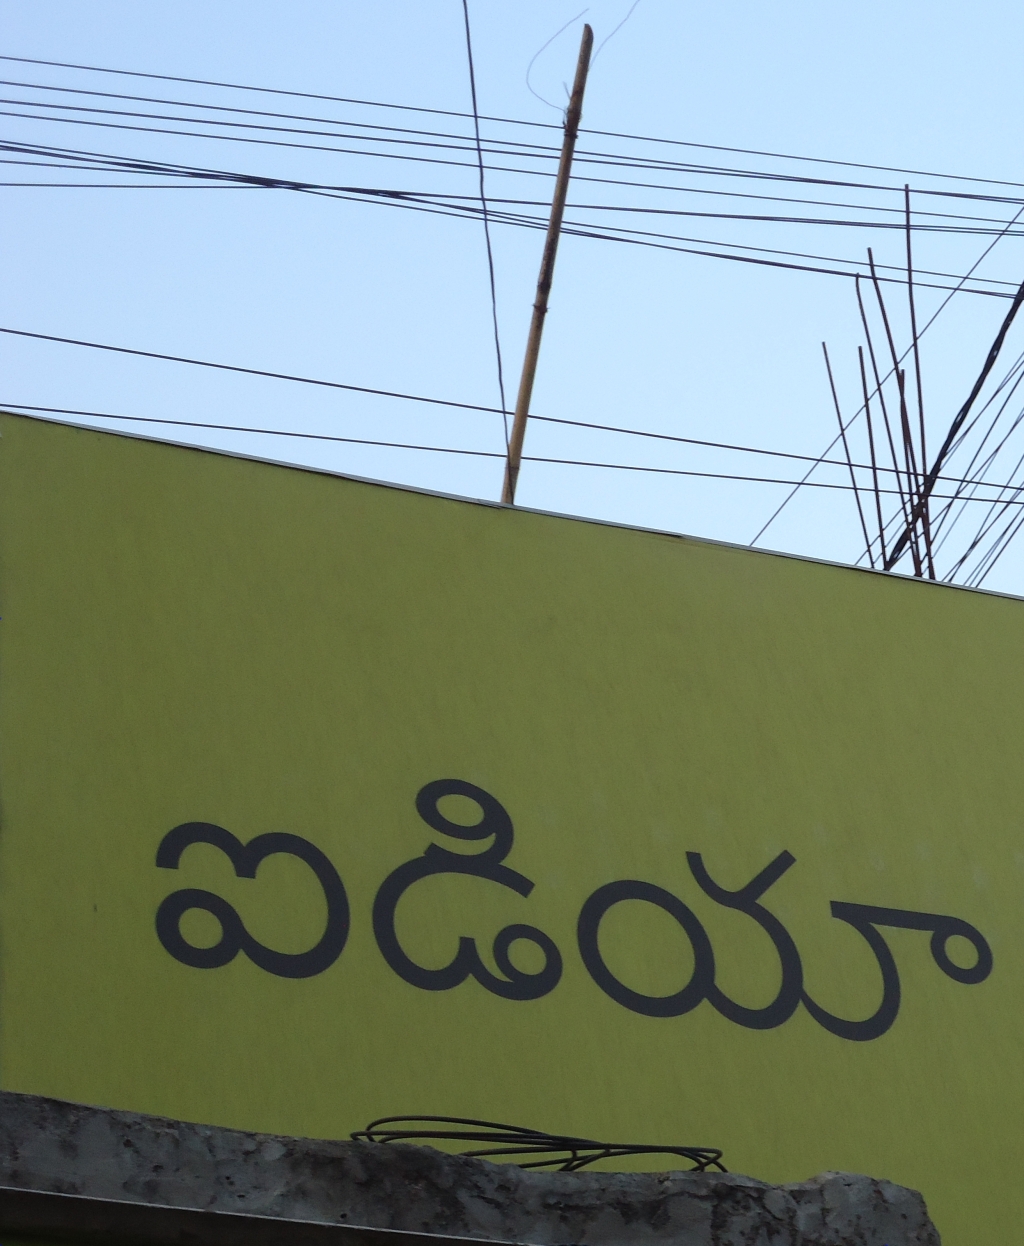
Language: telugu
Transcription: ఐడియా